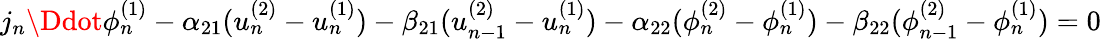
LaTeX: \begin{array}{r}{j_{n}\Ddot{\phi}_{n}^{(1)}-\alpha_{21}(u_{n}^{(2)}-u_{n}^{(1)})-\beta_{21}(u_{n-1}^{(2)}-u_{n}^{(1)})-\alpha_{22}(\phi_{n}^{(2)}-\phi_{n}^{(1)})-\beta_{22}(\phi_{n-1}^{(2)}-\phi_{n}^{(1)})=0}\end{array}